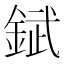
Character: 錻